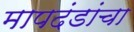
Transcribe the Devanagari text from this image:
मापदंडांचा